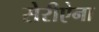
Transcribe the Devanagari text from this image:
सेरीऐना